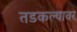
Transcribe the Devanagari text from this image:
तडकल्यावर